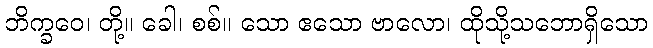
ဘိက္ခဝေ၊ တို့။ ခေါ၊ စစ်။ သော ဧသော ဗာလော၊ ထိုသို့သဘောရှိသော